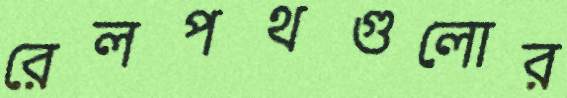
রেলপথগুলোর